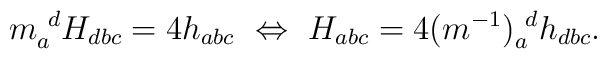
m_a^{~d}H_{dbc}=4h_{abc}~\Leftrightarrow~H_{abc}=4(m^{-1})_a^{~d}h_{dbc}.